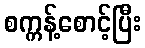
စက္ကန့်စောင့်ပြီး